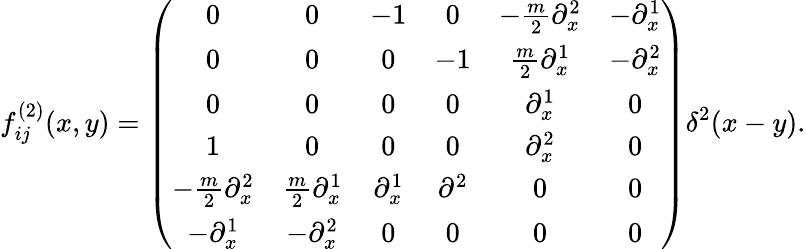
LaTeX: f_{ij}^{(2)}(x,y)=\left(\begin{array}{cccccc}{{0}}&{{0}}&{{-1}}&{{0}}&{{-\frac{m}{2}\partial_{x}^{2}}}&{{-\partial_{x}^{1}}}\\ {{0}}&{{0}}&{{0}}&{{-1}}&{{\frac{m}{2}\partial_{x}^{1}}}&{{-\partial_{x}^{2}}}\\ {{0}}&{{0}}&{{0}}&{{0}}&{{\partial_{x}^{1}}}&{{0}}\\ {{1}}&{{0}}&{{0}}&{{0}}&{{\partial_{x}^{2}}}&{{0}}\\ {{-\frac{m}{2}\partial_{x}^{2}}}&{{\frac{m}{2}\partial_{x}^{1}}}&{{\partial_{x}^{1}}}&{{\partial^{2}}}&{{0}}&{{0}}\\ {{-\partial_{x}^{1}}}&{{-\partial_{x}^{2}}}&{{0}}&{{0}}&{{0}}&{{0}}\end{array}\right)\delta^{2}(x-y).